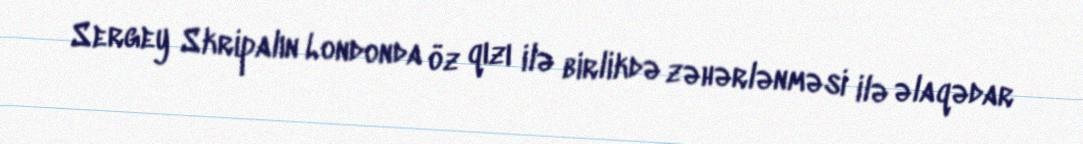
Sergey Skripalın Londonda öz qızı ilə birlikdə zəhərlənməsi ilə əlaqədar